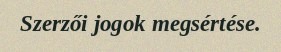
Szerzői jogok megsértése.